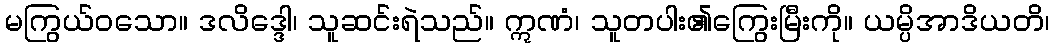
မကြွယ်ဝသော။ ဒလိဒ္ဒေါ၊ သူဆင်းရဲသည်။ ဣဏံ၊ သူတပါး၏ကြွေးမြီးကို။ ယမ္ပိအာဒိယတိ၊